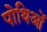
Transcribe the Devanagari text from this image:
पोथिओं